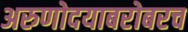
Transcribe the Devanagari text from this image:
अरुणोदयाबरोबरच